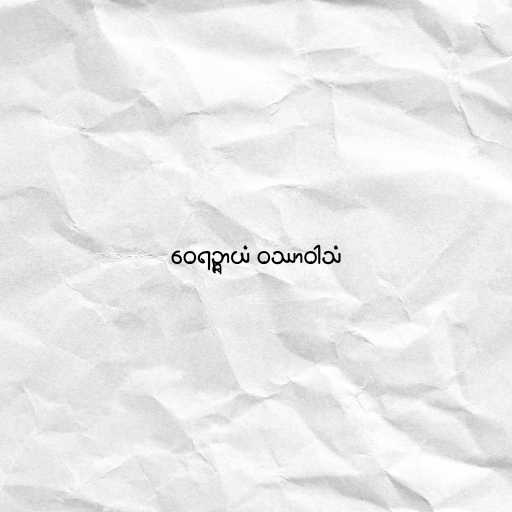
ဝေရဉ္ဇာယံ ဝဿာဝါသံ